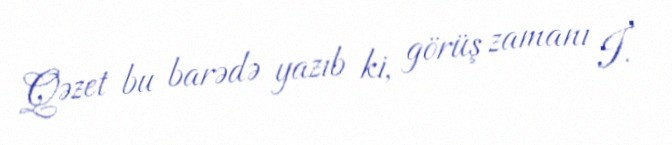
Qəzet bu barədə yazıb ki, görüş zamanı İ.